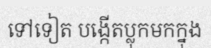
ទៅទៀត បង្កើតប្លុកមកក្នុង